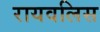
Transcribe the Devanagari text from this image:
रायवलिस